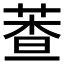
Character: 𦳘